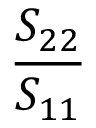
\frac { S _ { 2 2 } } { S _ { 1 1 } }